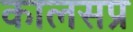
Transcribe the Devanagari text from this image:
कालसप्र